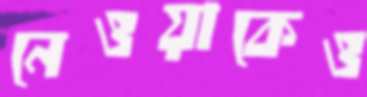
নেওয়াকেও